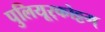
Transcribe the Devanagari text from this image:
पुलियूर्‌कोट्टम्